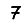
Digit: 7